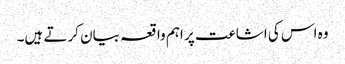
وہ اس کی اشاعت پر اہم واقعہ بیان کرتے ہیں۔